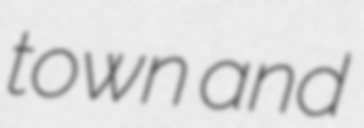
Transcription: town and